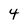
Character: 4